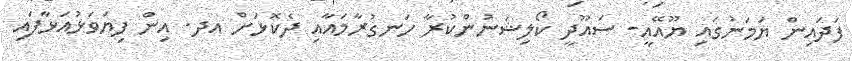
ފަދައިން ޔަމަނުގައި ޔޫއޭއީ- ސައޫދީ ކޯލިޝަނުންކުރާ ހަނގުރާމައާއި ދެކޮޅަށް އދ. އިން ފިޔަވަޅުއަޅާފައި